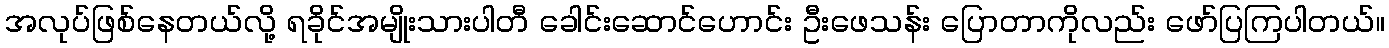
အလုပ်ဖြစ်နေတယ်လို့ ရခိုင်အမျိုးသားပါတီ ခေါင်းဆောင်ဟောင်း ဦးဖေသန်း ပြောတာကိုလည်း ဖော်ပြကြပါတယ်။